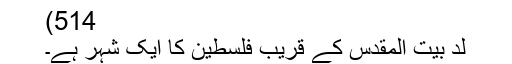
514)
لد بیت المقدس کے قریب فلسطین کا ایک شہر ہے۔